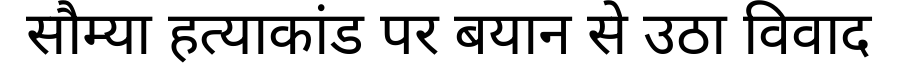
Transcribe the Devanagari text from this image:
सौम्या हत्याकांड पर बयान से उठा विवाद